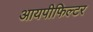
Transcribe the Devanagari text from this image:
आयपीफिल्टर